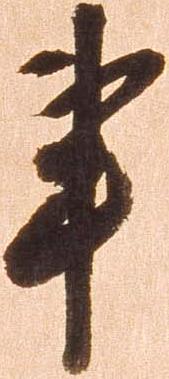
事